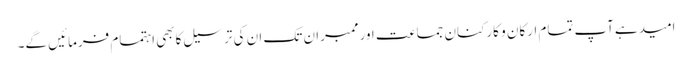
امیدہےآپ تمام ارکان و کارکنان جماعت اورممبران تک ان کی ترسیل کابھی اہتمام فرمائیں گے۔